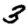
Digit: 3